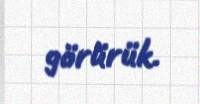
görürük.